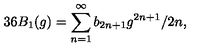
3 6 B _ { 1 } ( g ) = \sum _ { n = 1 } ^ { \infty } b _ { 2 n + 1 } g ^ { 2 n + 1 } / 2 n ,